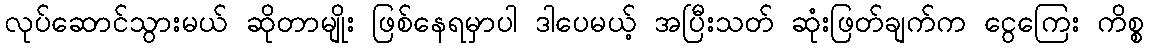
လုပ်ဆောင်သွားမယ် ဆိုတာမျိုး ဖြစ်နေရမှာပါ ဒါပေမယ့် အပြီးသတ် ဆုံးဖြတ်ချက်က ငွေကြေး ကိစ္စ